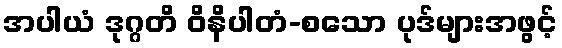
အပါယံ ဒုဂ္ဂတိ ဝိနိပါတံ-စသော ပုဒ်များအဖွင့်